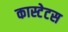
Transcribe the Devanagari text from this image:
कास्टेटस